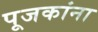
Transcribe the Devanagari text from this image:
पूजकांना